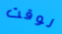
لوقت